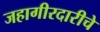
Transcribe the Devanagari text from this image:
जहागीरदारीचे